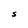
Character: S